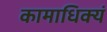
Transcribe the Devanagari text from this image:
कामाधिक्यं